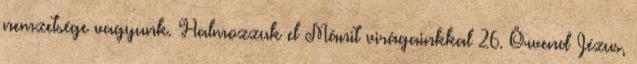
nemzetsége vagyunk. Halmozzuk el Mánit virágainkkal 26. Örvend Jézus,